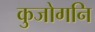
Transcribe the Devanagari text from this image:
कुजोगनि